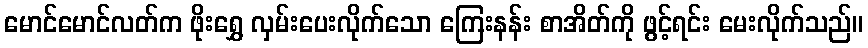
မောင်မောင်လတ်က ဖိုးရွှေ လှမ်းပေးလိုက်သော ကြေးနန်း စာအိတ်ကို ဖွင့်ရင်း မေးလိုက်သည်။